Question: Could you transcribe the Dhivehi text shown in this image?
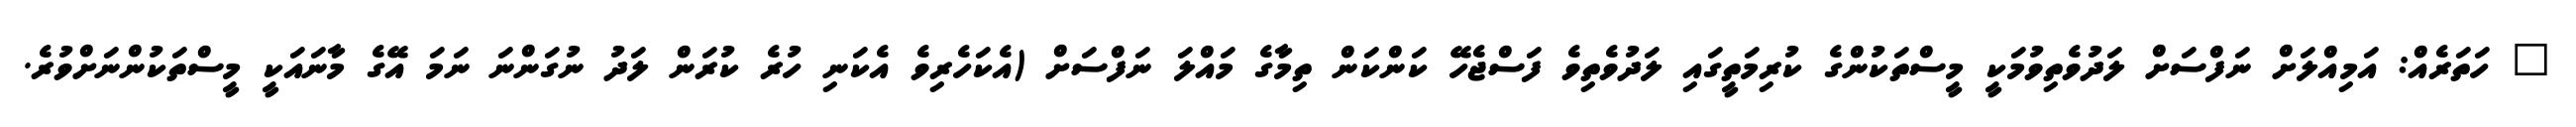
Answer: " ހަތަރެއް: އަމިއްލަށް ނަފްސަށް ލަދުވެތިވުމަކީ މީސްތަކުންގެ ކުރިމަތީގައި ލަދުވެތިވެ ފަސްޖެހޭ ކަންކަން ތިމާގެ މައްލަ ނަފްސަށް (އެކަހެރިވެ އެކަނި ހުރެ ކުރަން ލަދު ނުގަންނަ ނަމަ އޭގެ މާނައަކީ މީސްތަކުންނަށްވުރެ.